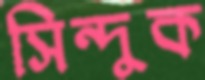
সিন্দুক